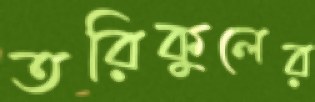
তরিকুলের